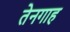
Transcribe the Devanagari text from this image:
तेनगाह